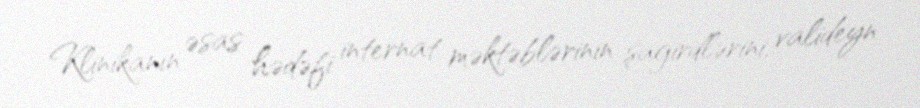
Klinikanın əsas hədəfi internat məktəblərinin şagirdlərini, valideyn